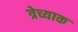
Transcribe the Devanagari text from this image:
त्रेच्याक